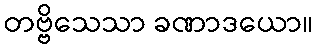
တဗ္ဗိသေသာ ခဏာဒယော။